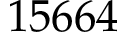
1 5 6 6 4